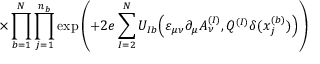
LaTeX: \times \prod _ { b = 1 } ^ { N } \prod _ { j = 1 } ^ { n _ { b } } \exp \left( + 2 e \sum _ { I = 2 } ^ { N } U _ { I b } \Big ( \varepsilon _ { \mu \nu } \partial _ { \mu } A _ { \nu } ^ { ( I ) } , Q ^ { ( I ) } \delta ( x _ { j } ^ { ( b ) } ) \Big ) \right)